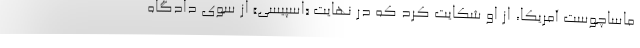
ماساچوست آمریکا، از او شکایت کرد که در نهایت «اسپیسی» از سوی دادگاه